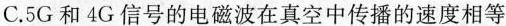
C.5G和4G信号的电磁波在真空中传播的速度相等